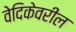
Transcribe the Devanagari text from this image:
वेदिकेवरील